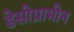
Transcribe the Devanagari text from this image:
डेसीप्रामीन